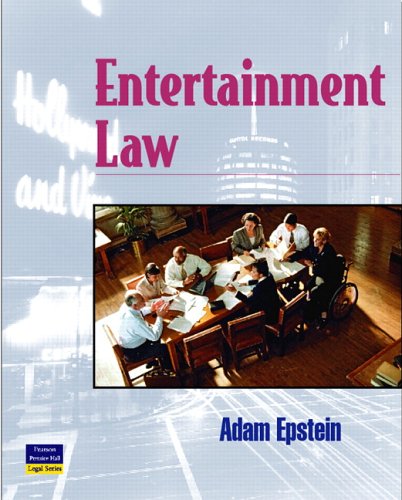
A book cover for Entertainment Law; Adam Epstein; Law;